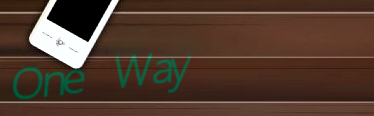
One Way